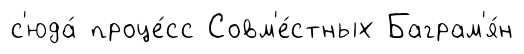
с'юда́ проце́сс Совм'е́стных Баграм'я́н